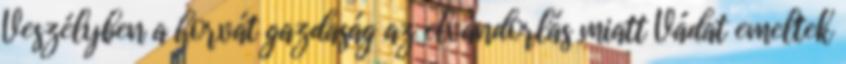
Veszélyben a horvát gazdaság az elvándorlás miatt Vádat emeltek